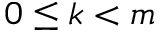
0 \leq k < m